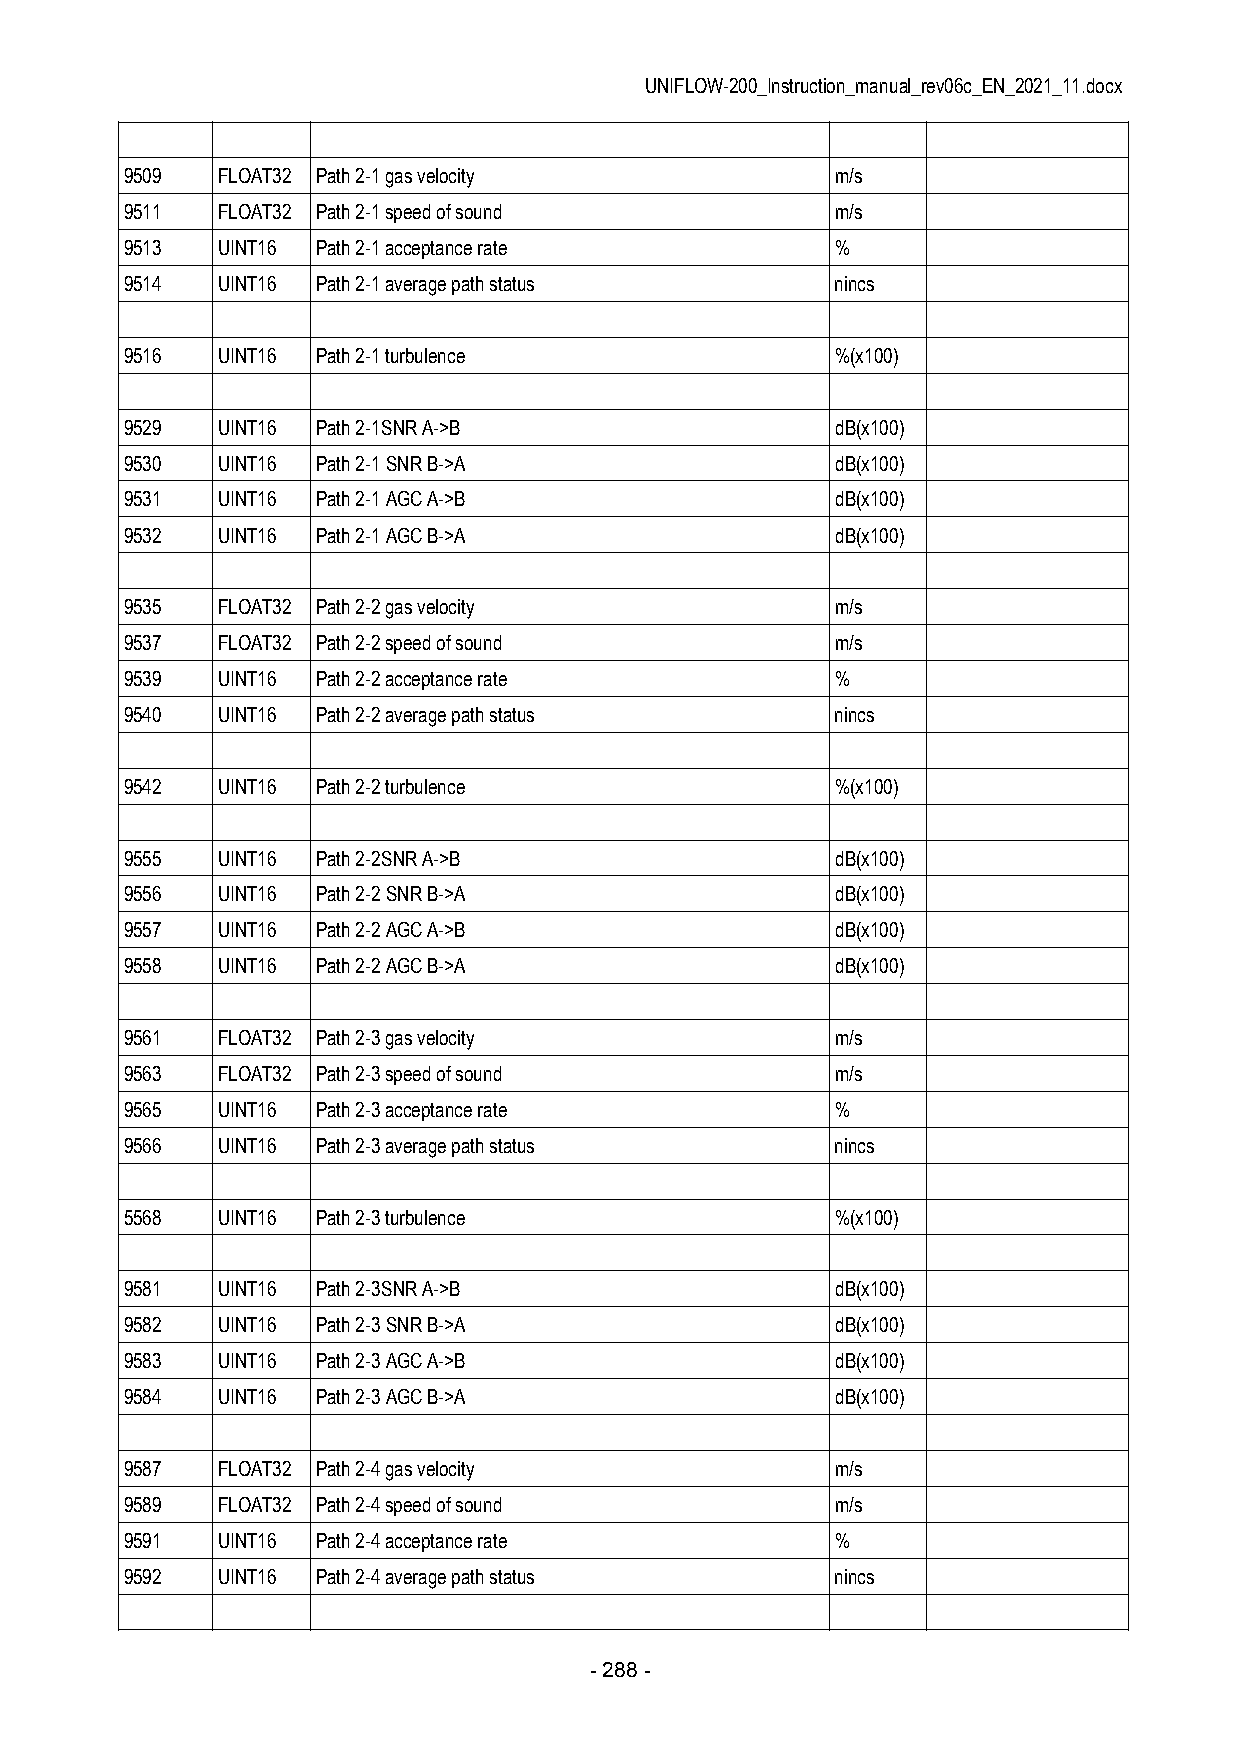
UNIFLOW-200_Instruction_manual_rev06c_EN_2021_11.docx
 9509  FLOAT32 Path 2-1 gas velocity            m/s
 9511  FLOAT32 Path 2-1 speed of sound          m/s
 9513  UINT16 Path 2-1 acceptance rate          %
 9514  UINT16 Path 2-1 average path status      nincs
 9516  UINT16 Path 2-1 turbulence               %(x100)
 9529  UINT16 Path 2-1SNR A->B                  dB(x100)
 9530  UINT16 Path 2-1 SNR B->A                 dB(x100)
 9531  UINT16 Path 2-1 AGC A->B                 dB(x100)
 9532  UINT16 Path 2-1 AGC B->A                 dB(x100)
 9535  FLOAT32 Path 2-2 gas velocity            m/s
 9537  FLOAT32 Path 2-2 speed of sound          m/s
 9539  UINT16 Path 2-2 acceptance rate          %
 9540  UINT16 Path 2-2 average path status      nincs
 9542  UINT16 Path 2-2 turbulence               %(x100)
 9555  UINT16 Path 2-2SNR A->B                  dB(x100)
 9556  UINT16 Path 2-2 SNR B->A                 dB(x100)
 9557  UINT16 Path 2-2 AGC A->B                 dB(x100)
 9558  UINT16 Path 2-2 AGC B->A                 dB(x100)
 9561  FLOAT32 Path 2-3 gas velocity            m/s
 9563  FLOAT32 Path 2-3 speed of sound          m/s
 9565  UINT16 Path 2-3 acceptance rate          %
 9566  UINT16 Path 2-3 average path status      nincs
 5568  UINT16 Path 2-3 turbulence               %(x100)
 9581  UINT16 Path 2-3SNR A->B                  dB(x100)
 9582  UINT16 Path 2-3 SNR B->A                 dB(x100)
 9583  UINT16 Path 2-3 AGC A->B                 dB(x100)
 9584  UINT16 Path 2-3 AGC B->A                 dB(x100)
 9587  FLOAT32 Path 2-4 gas velocity            m/s
 9589  FLOAT32 Path 2-4 speed of sound          m/s
 9591  UINT16 Path 2-4 acceptance rate          %
 9592  UINT16 Path 2-4 average path status      nincs
 - 288 -